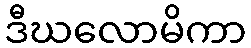
ဒီဃလောမိကာ